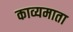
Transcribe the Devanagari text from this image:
काव्यमाता